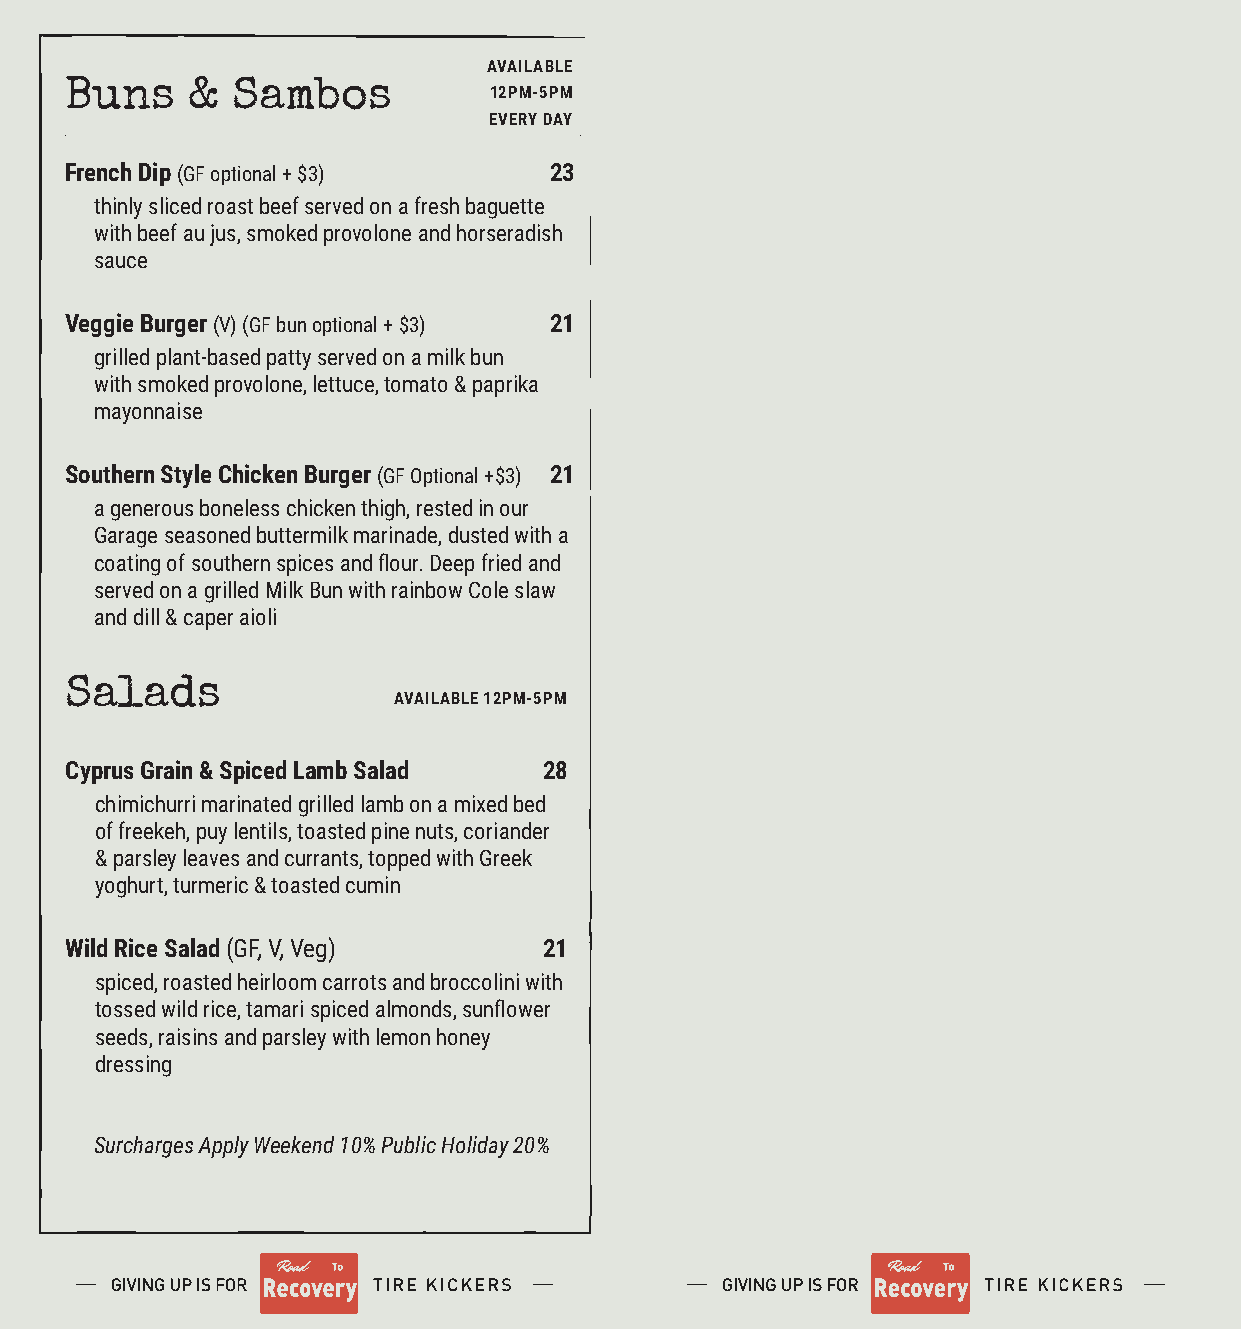
AVAILABLE
 Buns    &  Sambos
 12PM-5PM
 EVERY DAY
 French Dip (GF optional + $3)   23
 thinly sliced roast beef served on a fresh baguette
 with beef au jus, smoked provolone and horseradish
 sauce
 Veggie Burger (V) (GF bun optional + $3) 21
 grilled plant-based patty served on a milk bun
 with smoked provolone, lettuce, tomato & paprika
 mayonnaise
 Southern Style Chicken Burger (GF Optional +$3) 21
 a generous boneless chicken thigh, rested in our
 Garage seasoned buttermilk marinade, dusted with a
 coating of southern spices and flour. Deep fried and
 served on a grilled Milk Bun with rainbow Cole slaw
 and dill & caper aioli
 Salads
 AVAILABLE 12PM-5PM
 Cyprus Grain & Spiced Lamb Salad 28
 chimichurri marinated grilled lamb on a mixed bed
 of freekeh, puy lentils, toasted pine nuts, coriander
 & parsley leaves and currants, topped with Greek
 yoghurt, turmeric & toasted cumin
 Wild Rice Salad (GF, V, Veg)    21
 spiced, roasted heirloom carrots and broccolini with
 tossed wild rice, tamari spiced almonds, sunflower
 seeds, raisins and parsley with lemon honey
 dressing
 Surcharges Apply Weekend 10% Public Holiday 20%